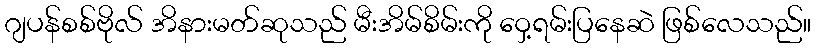
ဂျပန်စစ်ဗိုလ် အိနားမတ်ဆုသည် မီးအိမ်စိမ်းကို ဝှေ့ရမ်းပြနေဆဲ ဖြစ်လေသည်။